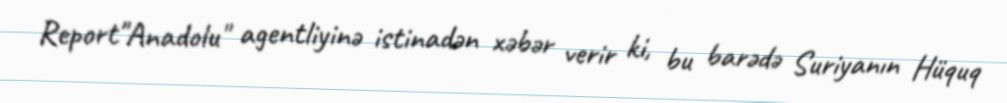
Report"Anadolu" agentliyinə istinadən xəbər verir ki, bu barədə Suriyanın Hüquq